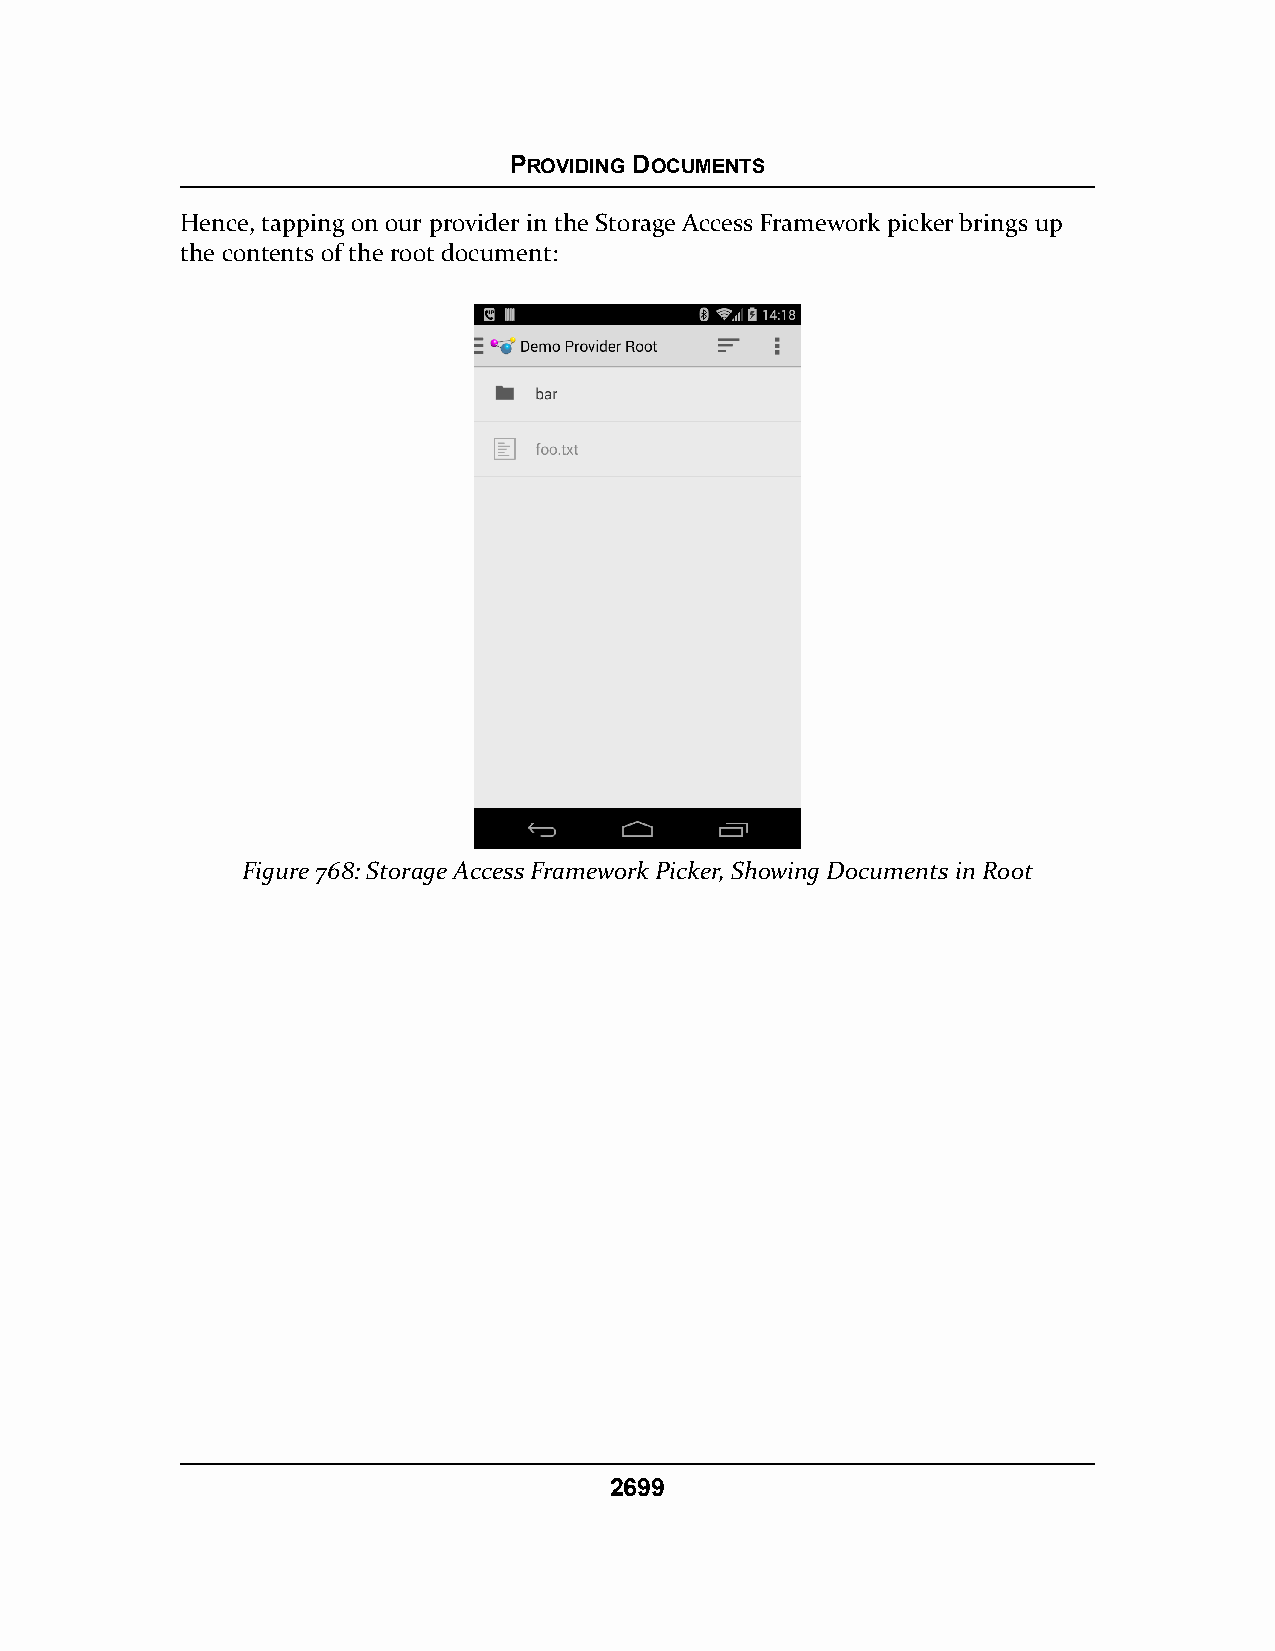
PROVIDING DOCUMENTS
 Hence, tapping on our provider in the Storage Access Framework picker brings up
 the contents of the root document:
 Figure 768: Storage Access Framework Picker, Showing Documents in Root
 2699